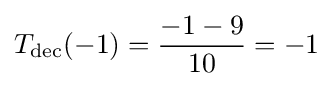
T_{\operatorname {dec} }(-1)={\frac {-1-9}{10}}=-1